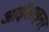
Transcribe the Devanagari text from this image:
आईलाइनर